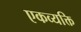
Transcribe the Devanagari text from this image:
एकव्यक्ति